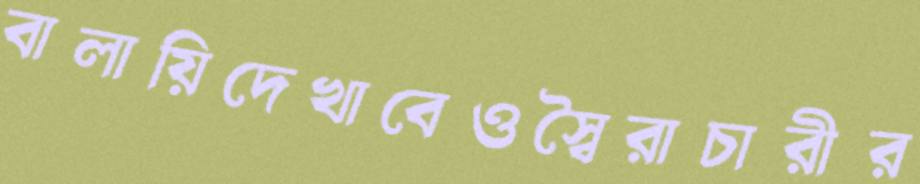
বালায়িদেখাবেওস্বৈরাচারীর